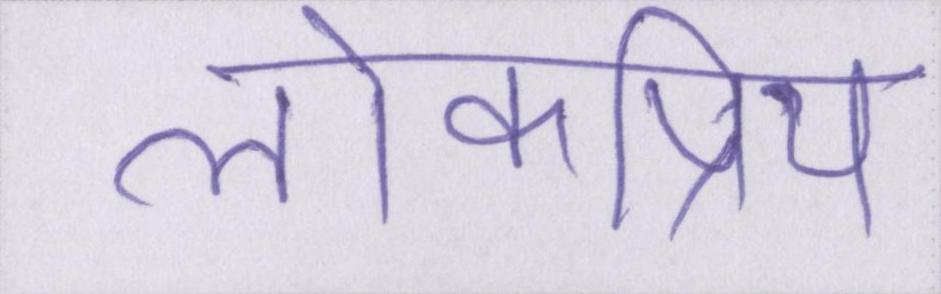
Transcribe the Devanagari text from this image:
लोकप्रिय